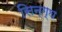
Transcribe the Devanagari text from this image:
सिन्ग्घ